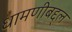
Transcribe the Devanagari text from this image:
धामणीबद्द्ल